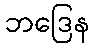
ဘဒြေန